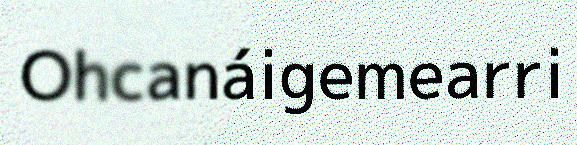
Ohcanáigemearri